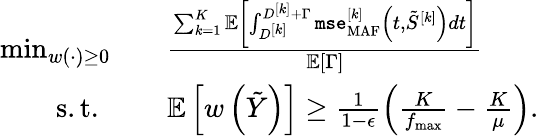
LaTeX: \begin{array}{rl}{\operatorname*{min}_{w(\cdot)\geq 0}}&{\quad\frac{\sum_{k=1}^{K}{\mathbb{E}}\left[\int_{D^{[k]}}^{D^{[k]}+\Gamma}\texttt{mse}_{\mathrm{MAF}}^{[k]}\left(t,\tilde{S}^{[k]}\right)dt\right]}{\mathbb{E}\left[\Gamma\right]}}\\ {\mathrm{s.t.~}}&{\quad{\mathbb{E}}\left[w\left(\tilde{Y}\right)\right]\geq\frac{1}{1-\epsilon}\left(\frac{K}{f_{\operatorname*{max}}}-\frac{K}{\mu}\right).}\end{array}